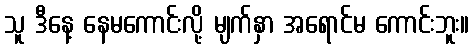
သူ ဒီနေ့ နေမကောင်းလို့ မျက်နှာ အရောင်မ ကောင်းဘူး။